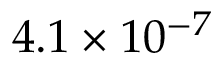
4 . 1 \times 1 0 ^ { - 7 }